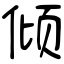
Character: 倾